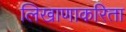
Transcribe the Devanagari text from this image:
लिखाणाकरिता